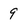
Character: 9